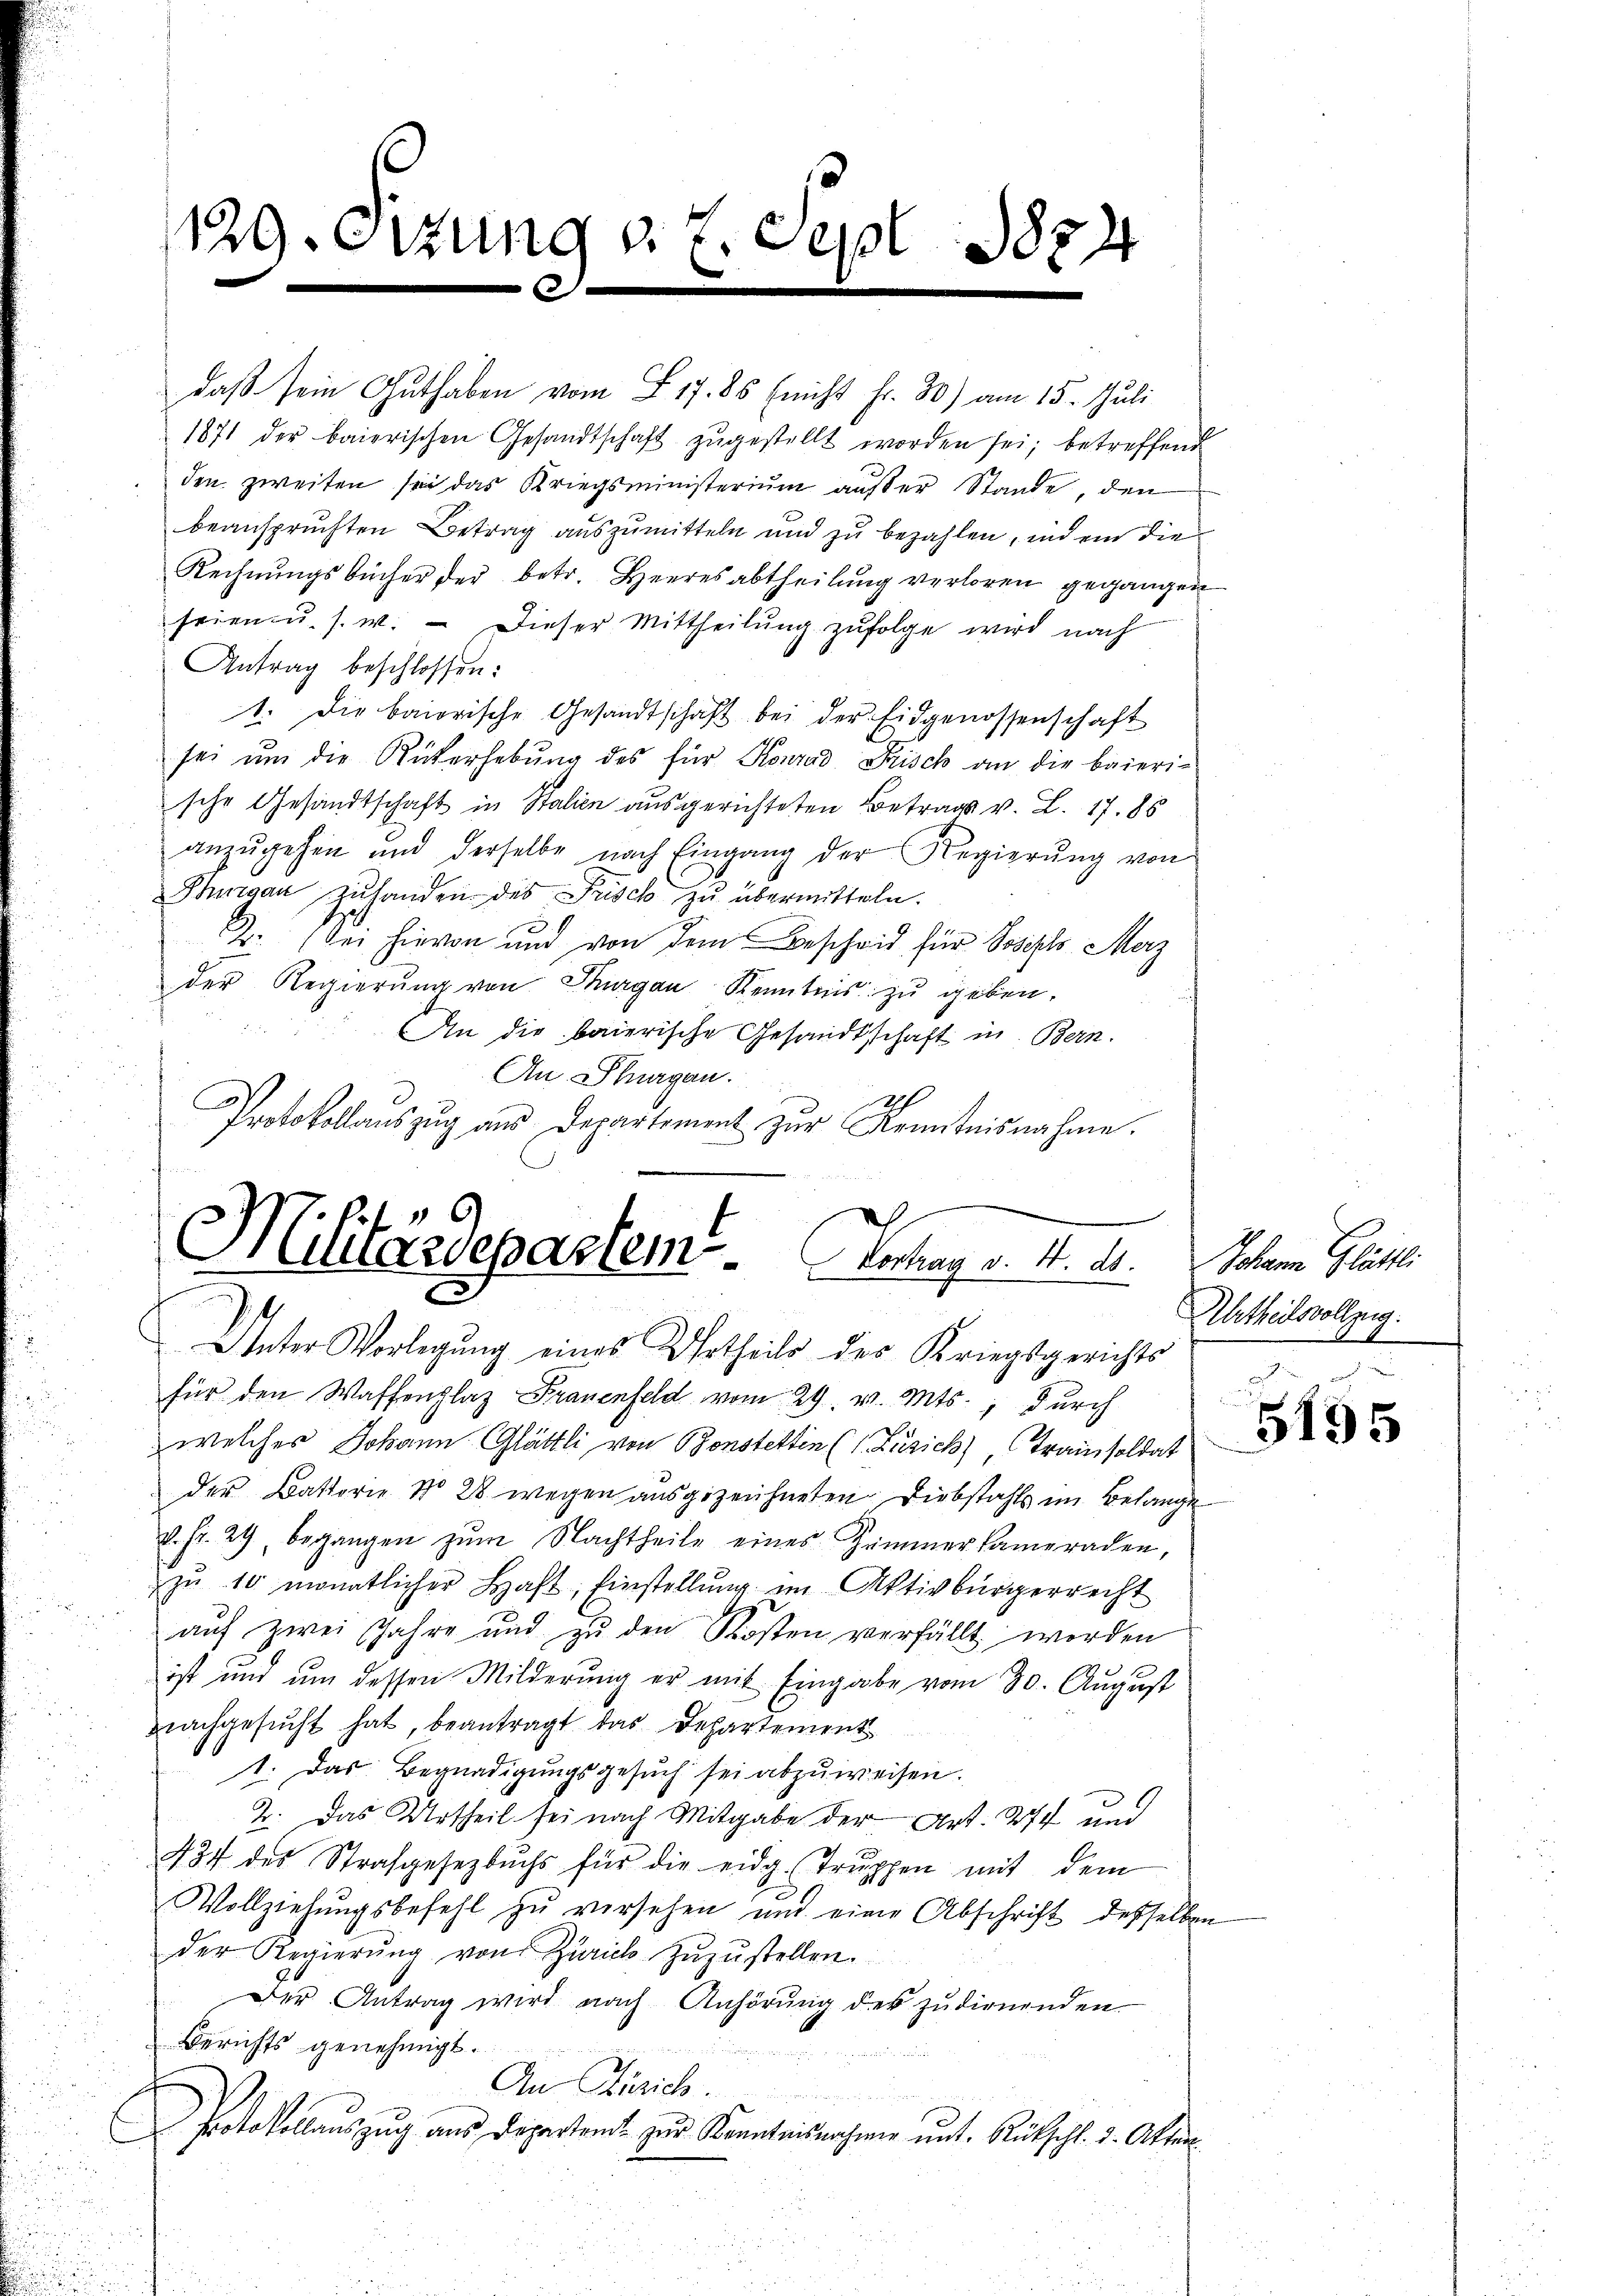
129. Sizung d. 7. Sept. 1854

Antrag beschlossen:
An Schurgau.
Protokollauszug aus Departement zur Kenntnisnahme.

daß sein Guthaben vom 17. 85 (nicht fr. 30) am 15. Juli
1871 der baierischen Gesandtschaft zŭgestellt worden sei; betreffend
den zweiten sei das Kriegsministerium außer Stande, den
beanspruchten Betrag auszumitteln und zu bezahlen, und ein die¬
Rechnungsbücher der betr. Heeresabtheilung verloren gegangen
seien u. s. w. - Dieser Mittheilŭng zufolge wird nach
1. Die bairische Gesandtschaft bei der Eidgenossenschaft
sei ŭm die Rükerhebŭng des für Konrad Frisch an die baieri-
sche Gesandtschaft in Stalien ausgerichteten Betrage v. L. 17. 88
anzŭgehen und derselbe nach Eingang der Regierŭng von
Thurgau zuhanden des Frisch zu übermitteln.
2. (der hievon und von dem Bescheid für Joseph Merz
der Regierŭng von Sargau Kenntnis zŭ geben.
An die baierische Gesandtschaft in Bern.

Militärdepartem Graf v. M. M.
E
Unter Vorlegung eines Urtheils der Kriegsgerichts

für den Waffenplaz Frauenfeld vom 29. v. Mts., durch
welcher Johann Glättli von Bonstettin (1 Füsich, Tramisoldat
der Batterie No 28 wegen ausgezeichneten Diebstahls im Belange
u. fr. 29, begangen zŭm Nachtheile eines Zimmer kameraden,
zŭ 10 monatlicher Haft, Einstellung im Aktivbürgerrecht
auf zwei Jahre und zu den Kosten verfällt werden
ist und um dessen Milderung er mit Eingabe vom 30. August
nachgesucht hat, beantragt das Departement
1. Das Begnadigungsgesuch sei abzuweisen.
2. Das Urtheil sei nach Mitgabe der Art. 274 und
434 des Strafgesetzbuchs für die eidg. Trŭppen mit dem
Vollziehungsbefehl zu versehen und eine Abschrift desselben
der Regierŭng von Zürich zŭzŭstellen.
Der Antrag wird nach Anhörung der zudienenden.
Berichts genehmigt.
t
An Gesich
Protokollauszug aus Departamt zur Kenntnisnahme unt. Rütschl. 3. Akten.

Johann Glättli
Urtheilsvollzug.

5155